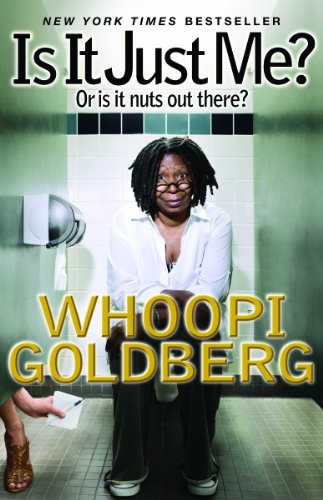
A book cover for Is It Just Me?: Or Is It Nuts out There?; Whoopi Goldberg; Reference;